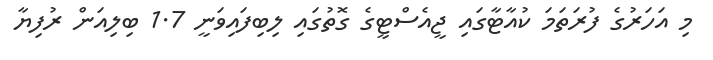
މި އަހަރުގެ ފުރަތަމަ ކުއާޓާގައި ޖީއެސްޓީގެ ގޮތުގައި ލިބިފައިވަނީ 1.7 ބިލިއަން ރުފިޔާ